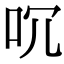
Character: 㕴